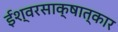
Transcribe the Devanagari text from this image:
ईश्वरसाक्षात्कार